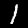
Label: 1